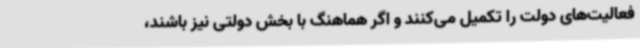
فعالیت‌های دولت را تکمیل می‌کنند و اگر هماهنگ با بخش دولتی نیز باشند،